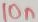
Text: 10n